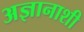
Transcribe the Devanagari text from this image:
अज्ञानाशी